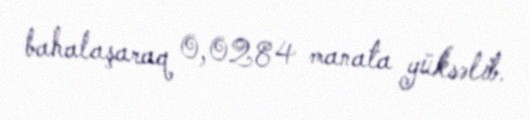
bahalaşaraq 0,0284 manata yüksəlib.